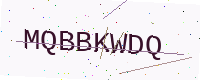
Text: MQBBKWDQ